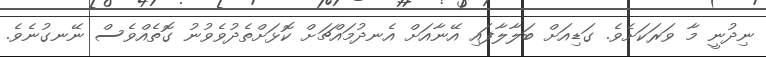
ނިދުނީ މާ ވަރަކަށެވެ. ގަޑިއަށް ބަލާލާފައި އޭނާއަށް އެނދުމައްޗަށް ކޮޅަށްތެދުވެވުނު ގޮތެއްވެސް ނޭނގުނެވެ.